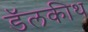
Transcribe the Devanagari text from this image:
डॅलकीथ